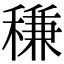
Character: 稴